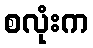
စလုံးက